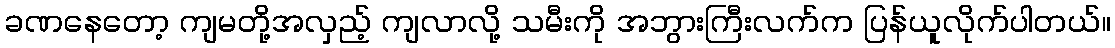
ခဏနေတော့ ကျမတို့အလှည့် ကျလာလို့ သမီးကို အဘွားကြီးလက်က ပြန်ယူလိုက်ပါတယ်။